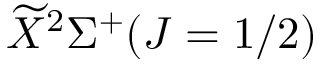
\widetilde { X } ^ { 2 } \Sigma ^ { + } ( J = 1 / 2 )